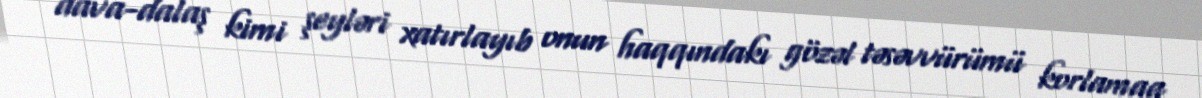
dava-dalaş kimi şeyləri xatırlayıb onun haqqındakı gözəl təsəvvürümü korlamaq